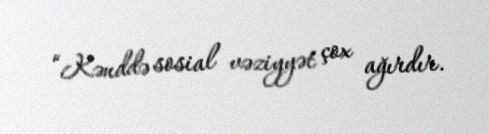
“Kənddə sosial vəziyyət çox ağırdır.